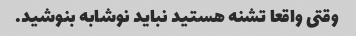
وقتی واقعا تشنه هستید نباید نوشابه بنوشید.